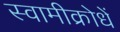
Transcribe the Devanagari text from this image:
स्वामीक्रोधें